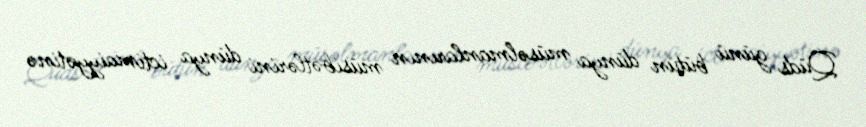
Qüds günü bütün dünya müsəlmanlarının müsibətlərini dünya ictimaiyyətinə